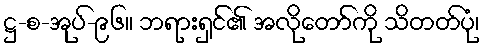
ဋ္ဌ-စ-အုပ်-၉၆။ ဘရားရှင်၏ အလိုတော်ကို သိတတ်ပုံ၊